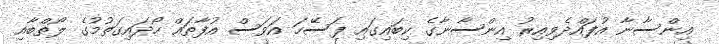
އިންސާނާ އުފައްދެވިއިރު އިންސާނާގެ ކިބައިގައި ފަސޭހަ އަވަސް އުފާތައް ހޯދައިގަތުމުގެ ލޯތްބާއި